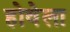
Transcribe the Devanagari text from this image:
होवेला